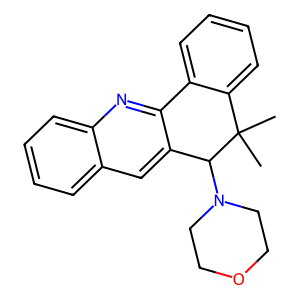
SMILES: CC1(C)c2ccccc2-c2nc3ccccc3cc2C1N1CCOCC1
Inhibits HIV replication: No